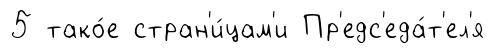
5 тако́е стран'и́цам'и Пр'едс'еда́т'ел'я